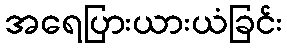
အရေပြားယားယံခြင်း